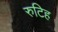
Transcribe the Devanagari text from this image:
रुटिह